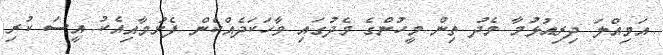
އަމިއްލަ ދިރިއުޅުމާ މެދު ތިން މީހުންގެ މެދުގައި ވާހަކަދެއްކެން ފެށުމާއިއެކު އީސަ ކުރި